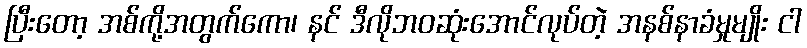
ပြီးတော့ အစ်ကို့အတွက်ကော၊ နင် ဒီလိုဘဝဆုံးအောင်လုပ်တဲ့ အနစ်နာခံမှုမျိုး ငါ